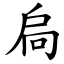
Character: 扃